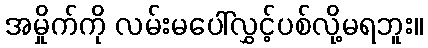
အမှိုက်ကို လမ်းမပေါ်လွှင့်ပစ်လို့မရဘူး။